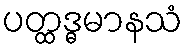
ပတ္ထဒ္ဓမာနသံ